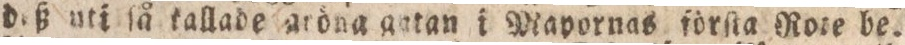
daß uti ſå kallade aröna gatan i Mapornas förſta Rote be=